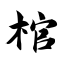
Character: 棺